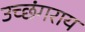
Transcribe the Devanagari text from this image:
उच्छंगराय